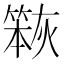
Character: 𮅹